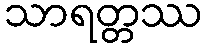
သာရတ္တဿ